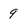
Character: 9